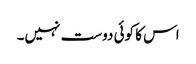
اس کا کوئی دوست نہیں۔